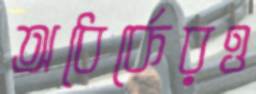
অধের্কেরও